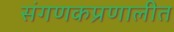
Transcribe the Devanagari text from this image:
संगणकप्रणालीत